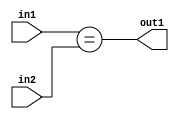
`timescale 1ps / 1ps
/*****************************************************************************
    Verilog RTL Description
    
    
    Created by: Stratus DpOpt 2019.1.01 
*******************************************************************************/

module pw_feature_addr_gen_Equal_16Ux5U_1U_1 (
	in2,
	in1,
	out1
	); /* architecture "behavioural" */ 
input [15:0] in2;
input [4:0] in1;
output  out1;
wire  asc001;

assign asc001 = (in1==in2);

assign out1 = asc001;
endmodule

/* CADENCE  ubDwQgw= : u9/ySgnWtBlWxVPRXgAZ4Og= ** DO NOT EDIT THIS LINE ******/